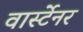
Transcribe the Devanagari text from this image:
वार्स्टेनर